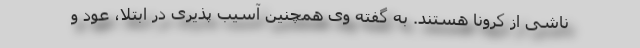
ناشی از کرونا هستند. به گفته وی همچنین آسیب پذیری در ابتلا، عود و